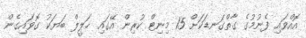
އޮއްވައި ފެނުމުގެ ގާތްގަނޑަކަށް 15 މިނިޓް ކުރިން އޭގައި ޚަލީލް ބަޔަކު ގޮވައިގެން